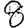
Digit: 8